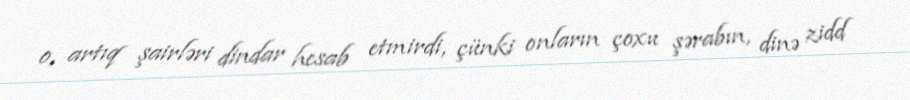
o, artıq şairləri dindar hesab etmirdi, çünki onların çoxu şərabın, dinə zidd